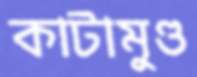
কাটামুণ্ড